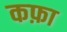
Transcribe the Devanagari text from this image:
कफ़ा